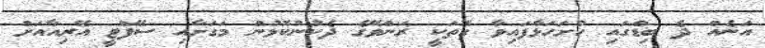
އަނެއް ދެ ބިޑްގައި ހުށަހަޅާފައިވާ ގޮތަކީ ރަންވޭގެ ދެކުނުކޮޅުން މަގަށާއި ސޭފްޓީ އޭރިއާއަށް